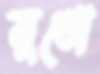
মুখো